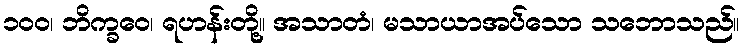
၁၀၀၊ ဘိက္ခဝေ၊ ရဟန်းတို့။ အသာတံ၊ မသာယာအပ်သော သဘောသည်။